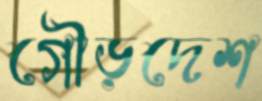
গৌড়দেশ